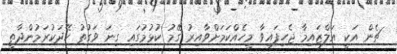
ޗެން އަކީ އަލްޒައިމާ ޖެހިފައިވާ މީހެއްކަމަށްވާއިރު ގޭމު ކުޅުމުގައި ގިނަ ވަގުތު ހޭދަކުރަމުންދާތީ